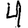
Digit: 4